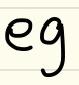
eg